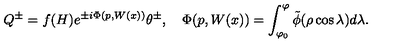
Q ^ { \pm } = f ( H ) e ^ { \pm i \Phi ( p , W ( x ) ) } \theta ^ { \pm } , \quad \Phi ( p , W ( x ) ) = \int _ { \varphi _ { 0 } } ^ { \varphi } \tilde { \phi } ( \rho \cos \lambda ) d \lambda .